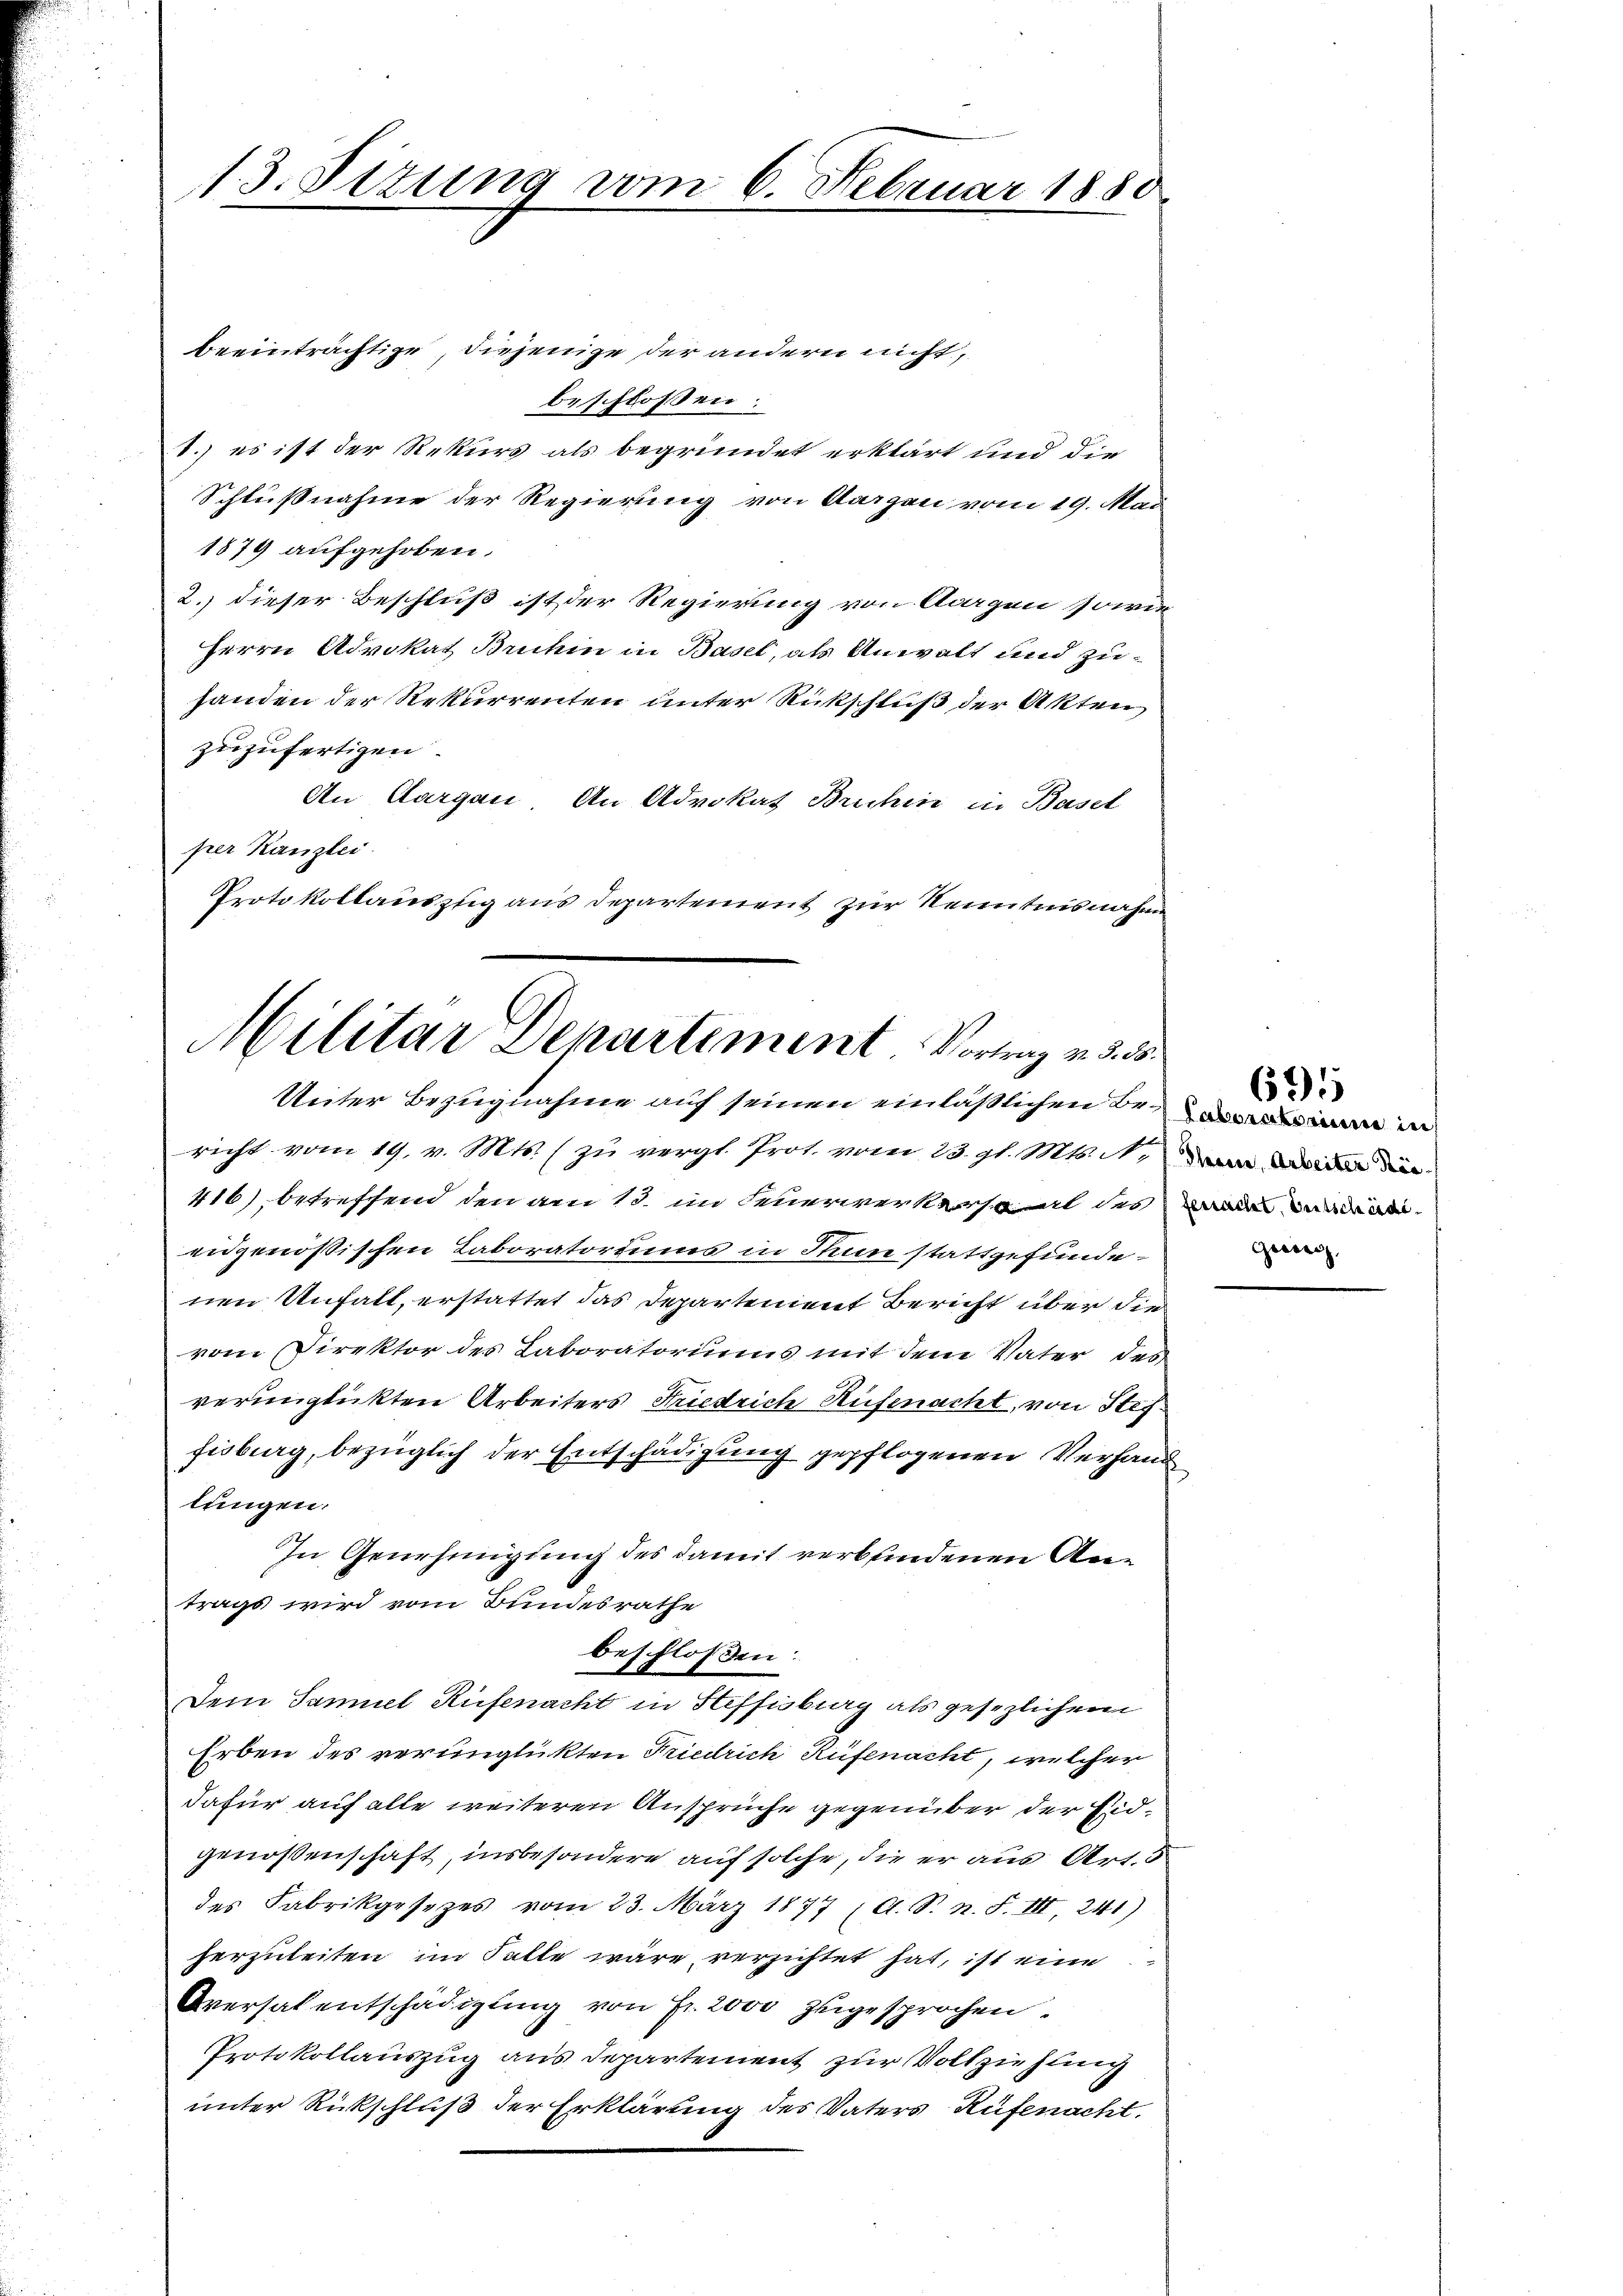
13. Sizung vom 6. Februar 1880

beeinträchtige, diejenige der andern nicht,
beschlossen:
.) es ist der Rekurs als begründet erklärt und die
Schlußnahme der Regierung von Aargen vom 19. Mai
1879 aufgehoben.
2. dieser Beschluß ist der Regierung von Aargen sowie
Herrn Advokat Bruhin in Basel, als Anwalt und zuhanden der Rekurrenten unter Rückschluß der Akten
zuzufertigen.
An Aargau. An Advokat Bruhin in Basel
per Kanzlei.
Protokollauszug aus Departement zur Kenntnisnahme

Militar Departiment Vortrag v. 3. 55.
Unter Bezugnahme auf seinen einläßlichen Be-

richt vom 19. v. Mts. (zu vergl. Prot. vom 23. gl. Mts. N.
416), betreffend den am 13. im Feuerwerkersaal des de moder
engenössischen Laboratoriums in Thun stattgefundenen Unfall, erstattet das Departement Bericht über die
vom Direktor des Laboratoriums mit dem Vater des
verunglickten Arbeiters Friedrich Aufenacht, von Stiffisburg, bezüglich der Entschädigung gepflogenen Verhand
lungen.
In Genehmigung des damit verbundenen Antrags wird vom Bundesrathe
beschlossen:
Dem Samuel Rüfenacht in Steffisburg als gesezlichem
Erben des verünglickten Friedrich Rüfenacht, welcher
dafür auf alle weiteren Ansprüche gegenüber der Eidgenoßenschaft, insbesondere auf solche, die er aus Art. 5
des Fabrikgesezes vom 23. März 1877 (O. S. n. F. III 241)
herzuleiten im Falle wäre verzichtet hat, ist eine
Aversalentschädigung von Fr. 2000 zugesprochen.
Protokollauszug aus Departement zur Vollziehung
unter Rückschluß der Erklärung des Vaters Rüfenacht.

Gewere,

671